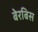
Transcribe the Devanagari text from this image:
बेरबिस